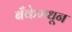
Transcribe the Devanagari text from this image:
बँकेमधून